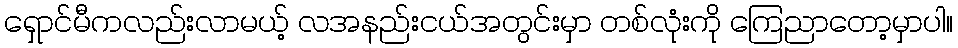
ရှောင်မီကလည်းလာမယ့် လအနည်းငယ်အတွင်းမှာ တစ်လုံးကို ကြေညာတော့မှာပါ။